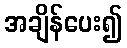
အချိန်ပေး၍